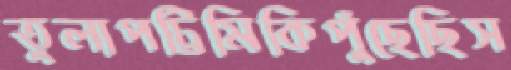
তুলাপট্টিমিকিপুঁছেছিস